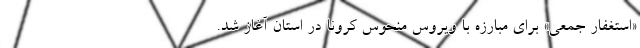
«‌استغفار جمعی‌» برای مبارزه با ویروس منحوس کرونا در استان آغاز شد.